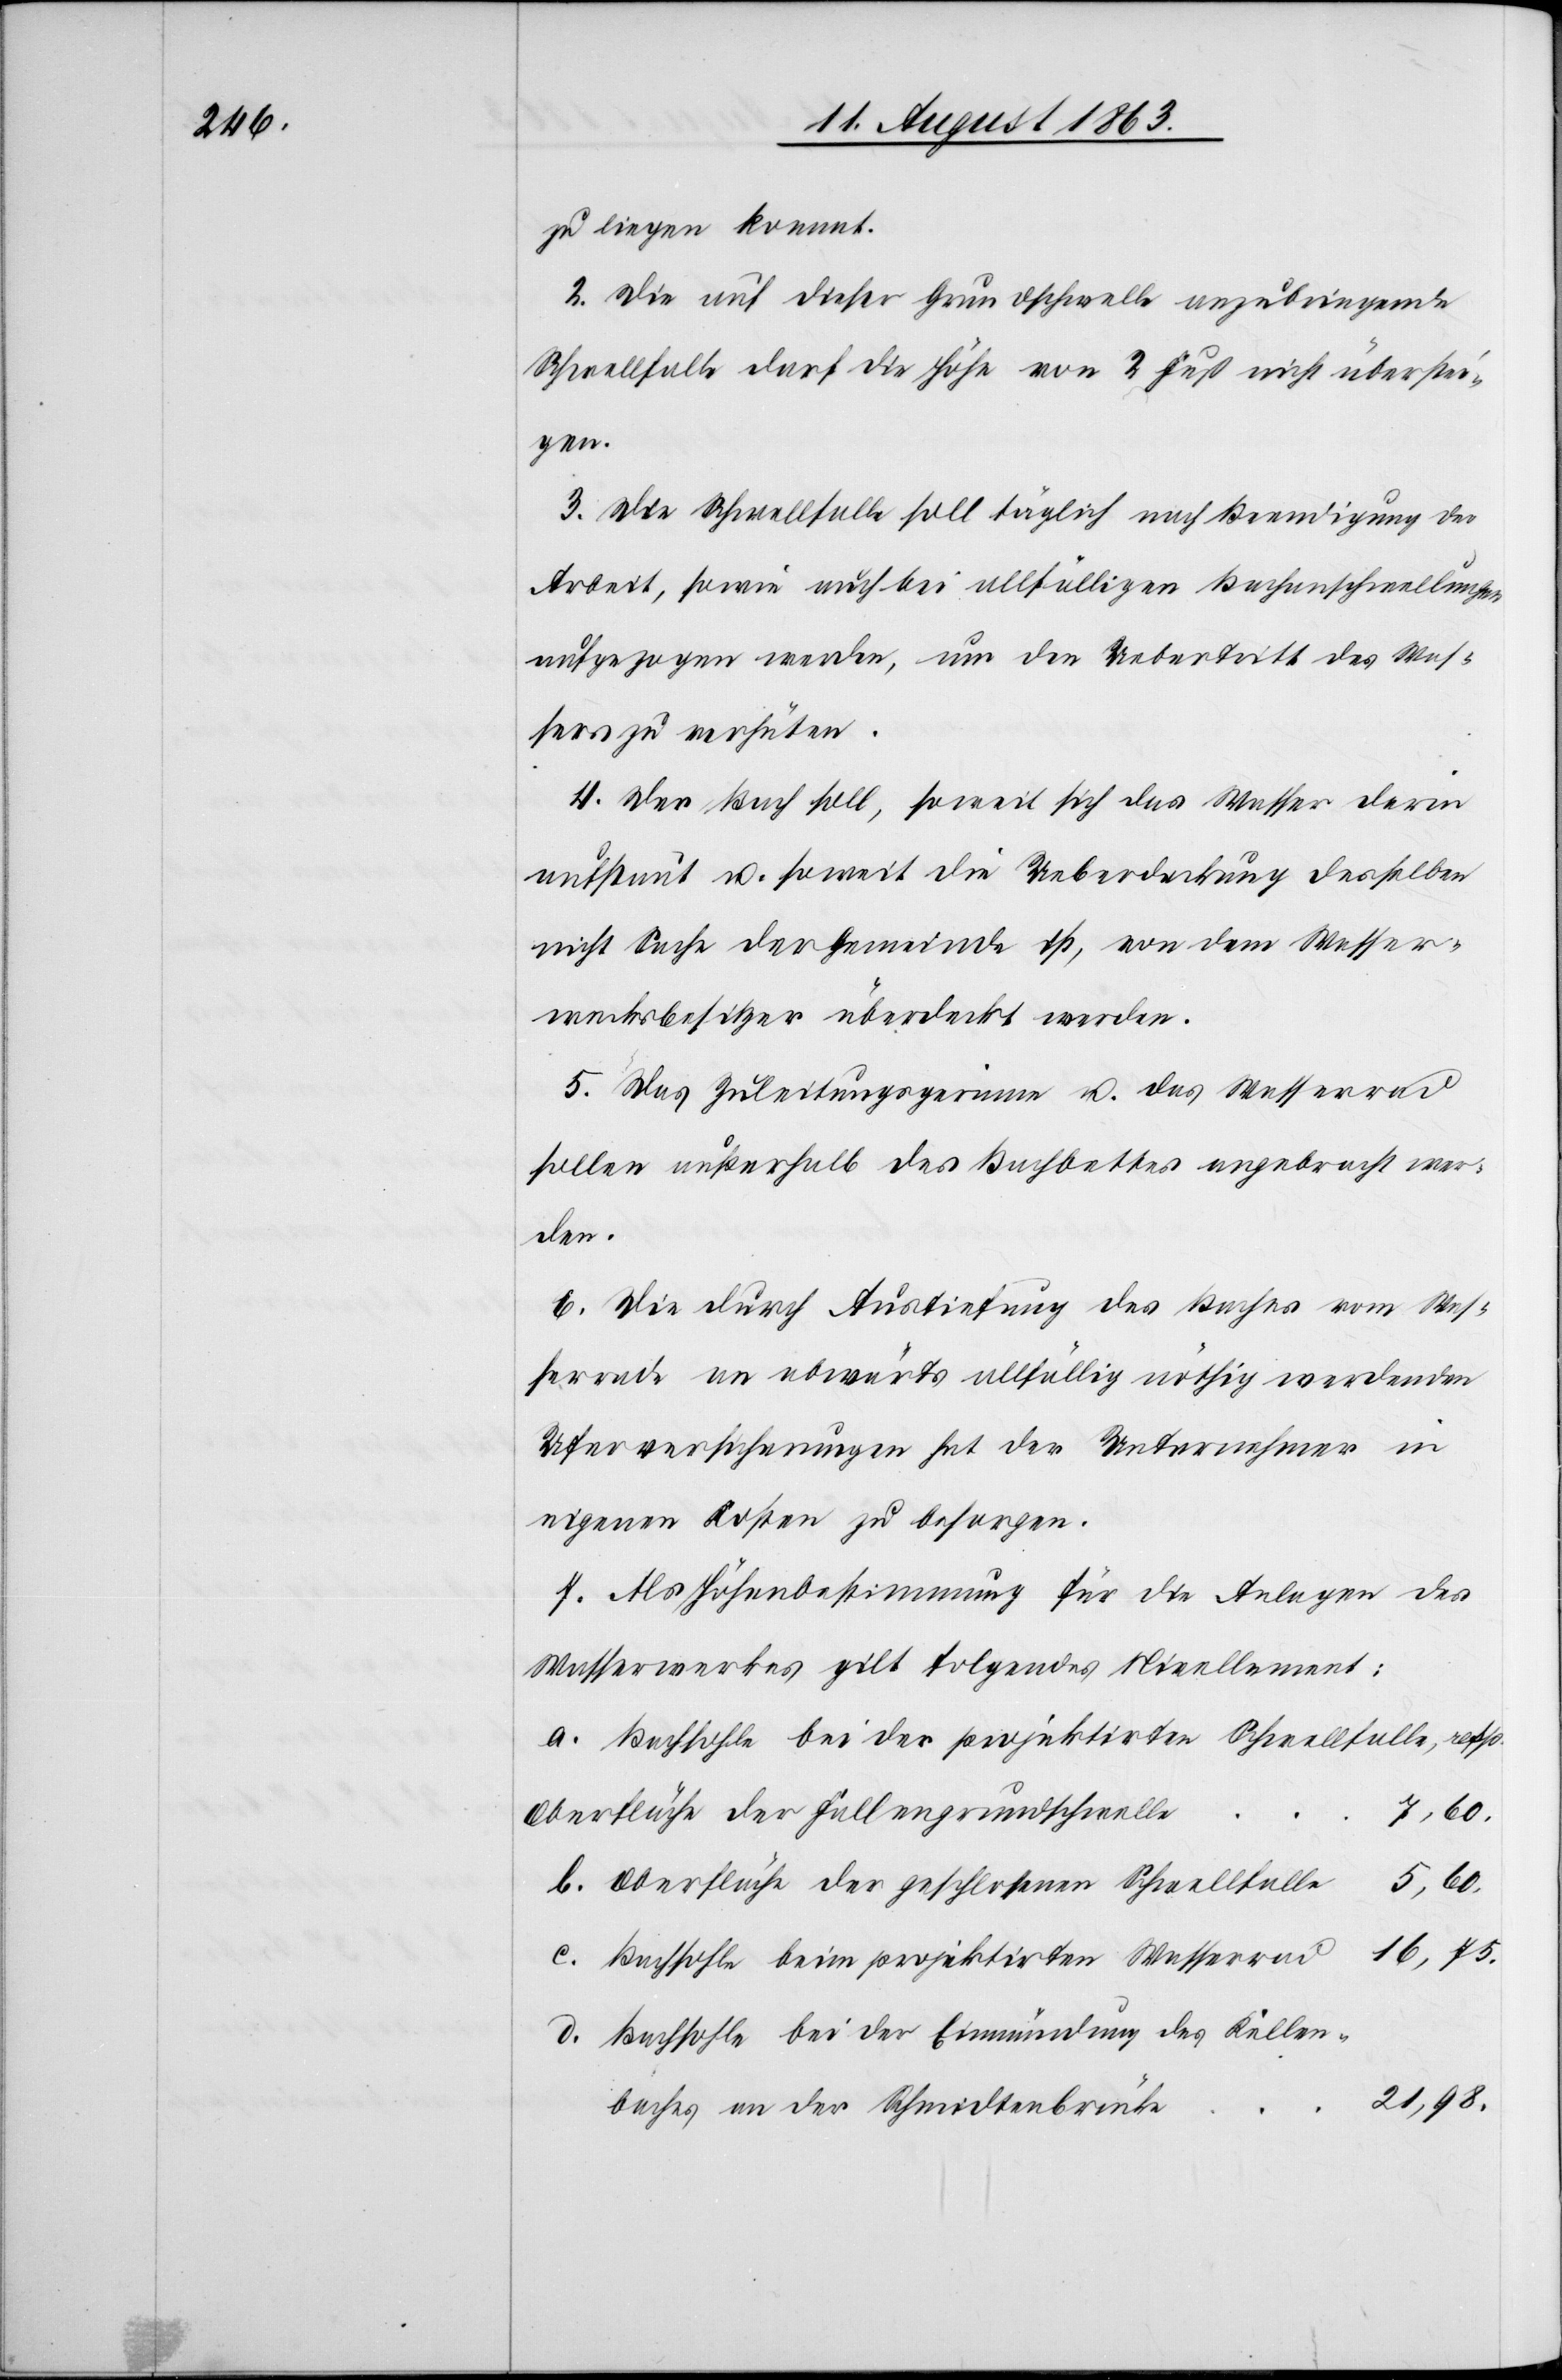
zu liegen kommt.
2. Die auf dieser Grundschwelle anzubringende
Schwellfalle darf die Höhe von 2 Fuß nicht überstei¬
gen.
3. Die Schwellfalle soll täglich nach Beendigung der
Arbeit, sowie auch bei allfälligen Bachanschwellungen
aufgezogen werden, um den Uebertritt des Was¬
sers zu verhüten.
4. Der Bach soll, soweit sich das Wasser darin
aufstaut u. soweit die Ueberdeckung desselben
nicht Sache der Gemeinde ist, von dem Wasser¬
werksbesitzer überdeckt werden.
5. Das Zuleitungsgerinne u. das Wasserrad
sollen außerhalb des Bachbettes angebracht wer¬
den.
6. Die durch Austiefung des Baches vom Was¬
serrade an abwärts allfällig nöthig werdenden
Uferversicherungen hat der Unternehmer in
eigenen Kosten zu besorgen.
7. Als Höhenbestimmung für die Anlagen des
Wasserwerkes gilt folgendes Nivellement:
Bachsohle bei der projektirten Schwellsohle, resp.
Oberfläche der Fallengrundschwelle
7,60.
Oberfläche der geschlossenen Schwellfalle
5,60.
Bachsohle beim projektirten Wasserrad
Bachsohle bei der Einmündung des Keller¬
21,98.
baches an der Schmidtenbrücke